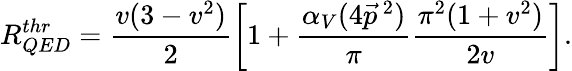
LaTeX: R_{QED}^{thr}=\frac{v(3-v^{2})}{2}\left[1+\frac{\alpha_{V}(4\vec{p}\, ^{2})}{\pi}\frac{\pi^{2}(1+v^{2})}{2v}\right].